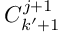
C _ { k ^ { \prime } + 1 } ^ { j + 1 }